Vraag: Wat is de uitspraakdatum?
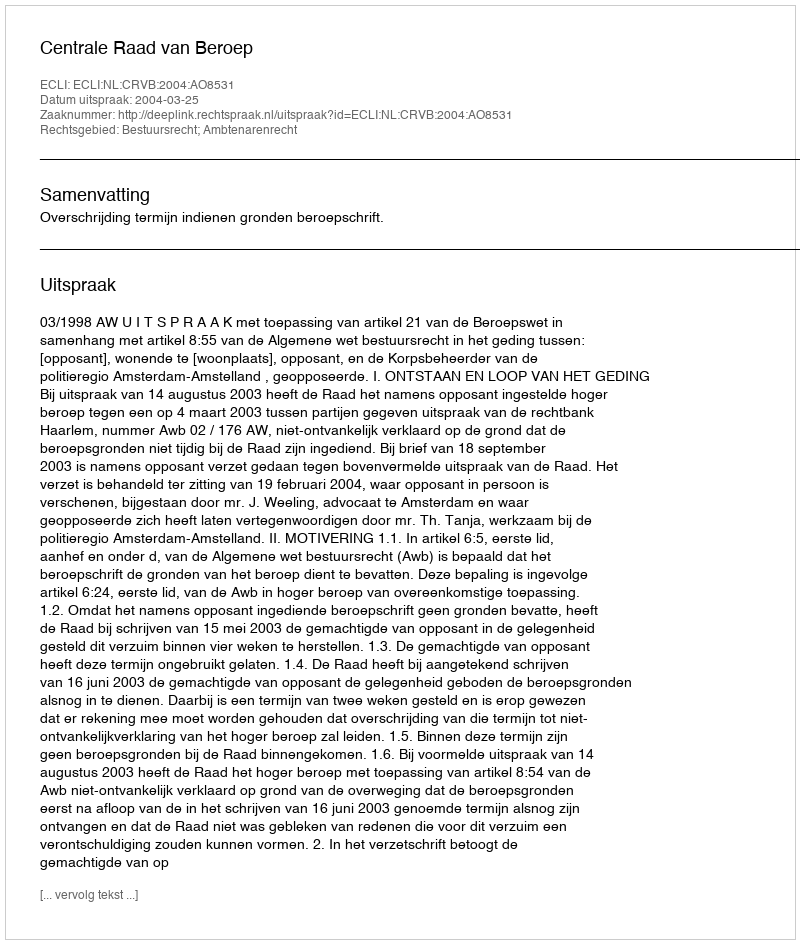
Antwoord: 2004-03-25